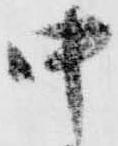
中